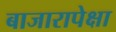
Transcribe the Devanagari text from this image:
बाजारापेक्षा